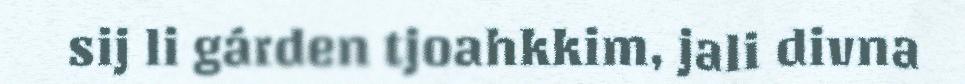
sij li gárden tjoahkkim, jali divna